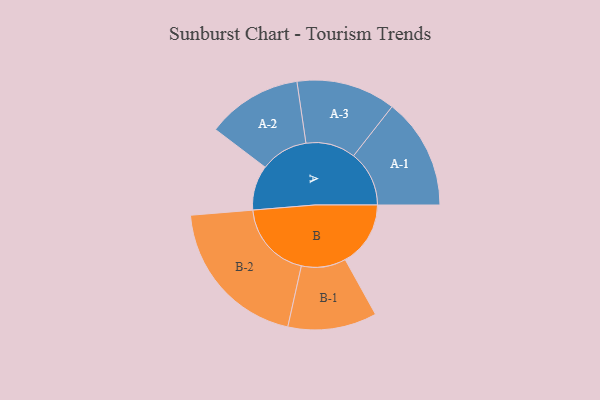
{"axis": {"x": "Segment", "y": "Value"}, "legend": ["", "A", "B"], "data": [{"x": "A", "y": 129, "type": ""}, {"x": "B", "y": 188, "type": ""}, {"x": "A-1", "y": 160, "type": "A"}, {"x": "A-2", "y": 137, "type": "A"}, {"x": "A-3", "y": 143, "type": "A"}, {"x": "B-1", "y": 128, "type": "B"}, {"x": "B-2", "y": 224, "type": "B"}]}